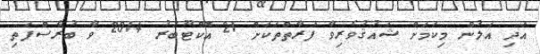
އަދި އަލުން މިކަމަށް ޝައުޤުވެރިވާ ފަރާތްތަކަށް 21 އޮކްޓޫބަރު 2014 ވާ ބުރާސްފަތި